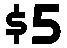
$5